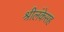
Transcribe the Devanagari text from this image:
श्रीलंकेसह